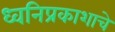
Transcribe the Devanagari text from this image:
ध्वनिप्रकाशाचे